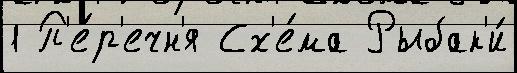
1 П'е́р'ечн'я Сх'е́ма Рыбак'и́